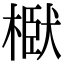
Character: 𭫞